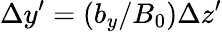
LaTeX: \Delta y^{\prime}=(b_{y}/B_{0})\Delta z^{\prime}